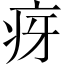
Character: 疨